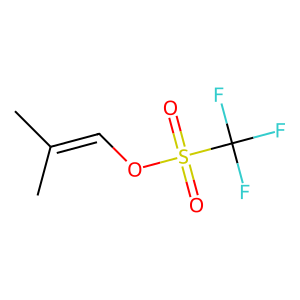
SMILES: CC(C)=COS(=O)(=O)C(F)(F)F
Inhibits HIV replication: No